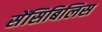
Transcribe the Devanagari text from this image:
सेंसिबिलिस